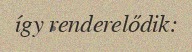
így renderelődik: